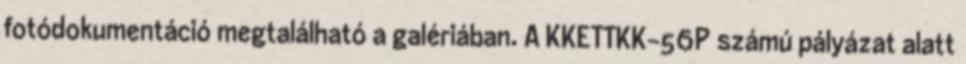
fotódokumentáció megtalálható a galériában. A KKETTKK-56P számú pályázat alatt